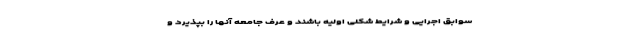
سوابق اجرایی و شرایط شکلی اولیه باشند و عرف جامعه آنها را بپذیرد و